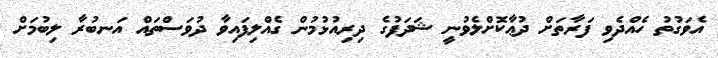
އެވަގުތު ހެއްދެވި ފަރާތަށް ދުޢާކޮށްލެވުނީ ޝަދަފުގެ ދިރިއުޅުމުން ގެއްލިފައިވާ ދުވަސްތައް އަނބުރާ ލިބުމަށް